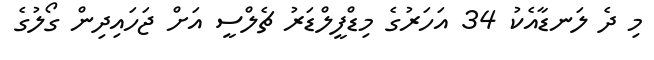
މި ދެ ލަނޑާއެކު 34 އަހަރުގެ މިޑްފީލްޑަރު ޗެލްސީ އަށް ޖަހައިދިން ގޯލުގެ